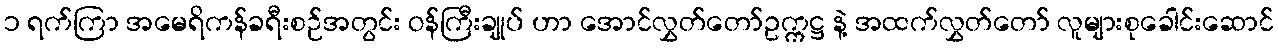
၁ ရက်ကြာ အမေရိကန်ခရီးစဉ်အတွင်း ဝန်ကြီးချုပ် ဟာ အောင်လွှတ်တော်ဥက္ကဋ္ဌ နဲ့ အထက်လွှတ်တော် လူများစုခေါင်းဆောင်